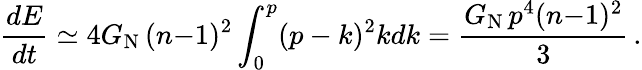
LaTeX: \frac{dE}{dt}\simeq 4G_{\mathrm{N}}\, (n{-}1)^{2}\int_{0}^{p}(p-k)^{2}kdk=\frac{G_{\mathrm{N}}\, p^{4}(n{-}1)^{2}}{3}\, .